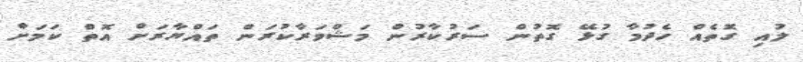
ލުއި ގޮތެއް ހެދުމާ ގުޅޭ ގޮތުން ސަރުކާރުން މަޝްވަރާކުރަން ތައްޔާރަށް އޮތް ކަމަށް